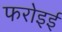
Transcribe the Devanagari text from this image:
फरोइई